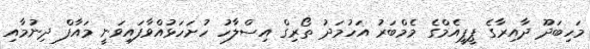
މަހިބަދޫ ދާއިރާގެ ޕީޕީއެމްގެ މެމްބަރު އަހުމަދު ތޯރިގް އިސްލާހު ހުށަހަޅުއްވާފައިވަނީ މައާފް ދިނުމާއި